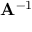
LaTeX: \mathbf { A } ^ { - 1 }